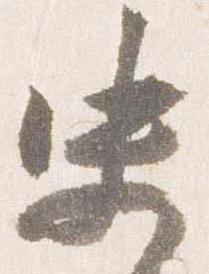
史